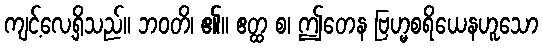
ကျင့်လေ့ရှိသည်။ ဘဝတိ၊ ၏။ ဧတ္ထ စ၊ ဤတေန ဗြဟ္မစရိယေနဟူသော